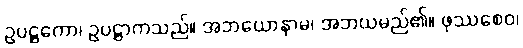
ဥပဋ္ဌကော၊ ဥပဋ္ဌာကသည်။ အဘယောနာမ၊ အဘယမည်၏။ ဖုဿစေဝ၊